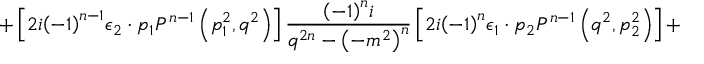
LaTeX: + \left[ 2 i { \left( - 1 \right) } ^ { n - 1 } { \epsilon } _ { 2 } \cdot p _ { 1 } P ^ { n - 1 } \left( p _ { 1 } ^ { 2 } , q ^ { 2 } \right) \right] \frac { { \left( - 1 \right) } ^ { n } i } { q ^ { 2 n } - { \left( - m ^ { 2 } \right) } ^ { n } } \left[ 2 i { \left( - 1 \right) } ^ { n } { \epsilon } _ { 1 } \cdot p _ { 2 } P ^ { n - 1 } \left( q ^ { 2 } , p _ { 2 } ^ { 2 } \right) \right] +